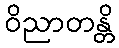
ဝိညာတန္တိ